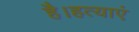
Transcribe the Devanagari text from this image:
है।हत्याएं